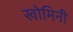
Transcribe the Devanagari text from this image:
खोमिनी